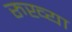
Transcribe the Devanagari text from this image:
रुख्या